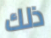
ذلك